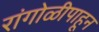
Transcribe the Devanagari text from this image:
रांगोळीपाहून